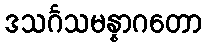
ဒသင်္ဂသမန္နာဂတော